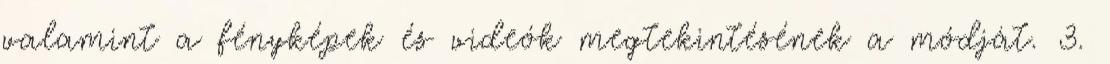
valamint a fényképek és videók megtekintésének a módját. 3.